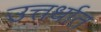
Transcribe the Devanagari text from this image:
उत्तर्धात